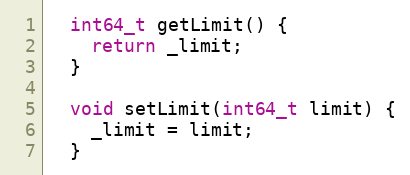
Language: C
  int64_t getLimit() {
    return _limit;
  }

  void setLimit(int64_t limit) {
    _limit = limit;
  }